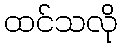
ထင်သလို